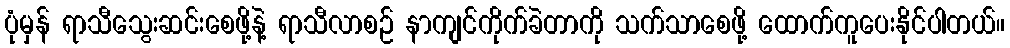
ပုံမှန် ရာသီသွေးဆင်းစေဖို့နဲ့ ရာသီလာစဉ် နာကျင်ကိုက်ခဲတာကို သက်သာစေဖို့ ထောက်ကူပေးနိုင်ပါတယ်။